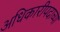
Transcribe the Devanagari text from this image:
अधिकारीपदाच्या